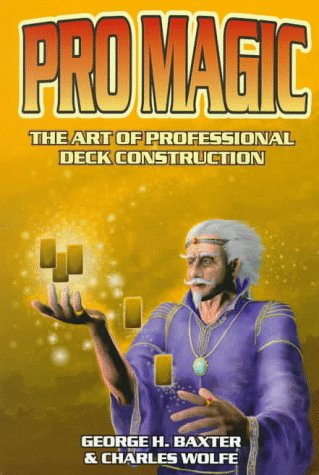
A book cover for Pro Magic: The Art of Professional Deck Construction; George Baxter; Science Fiction & Fantasy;